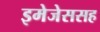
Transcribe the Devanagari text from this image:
इमेजेससह